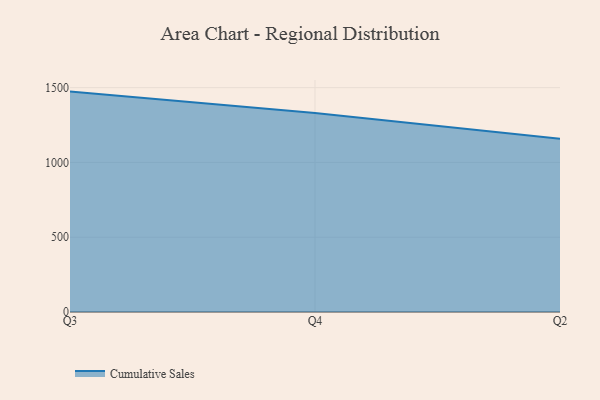
{"axis": {"x": "Quarter", "y": "Backlog"}, "legend": ["Cumulative Sales"], "data": [{"x": "Q3", "y": 1473.7, "type": "Cumulative Sales"}, {"x": "Q4", "y": 1329.8, "type": "Cumulative Sales"}, {"x": "Q2", "y": 1159.2, "type": "Cumulative Sales"}]}